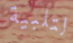
لتلبية